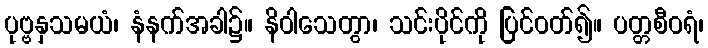
ပုဗ္ဗနှသမယံ၊ နံနက်အခါ၌။ နိဝါသေတွာ၊ သင်းပိုင်ကို ပြင်ဝတ်၍။ ပတ္တစီဝရံ၊